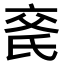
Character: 𬇍